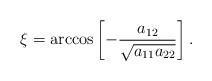
\begin{align*}\xi = \arccos\left[-\frac{a_{12}}{\sqrt{a_{11}a_{22}}}\right].\end{align*}